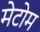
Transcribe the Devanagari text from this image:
मेटोम